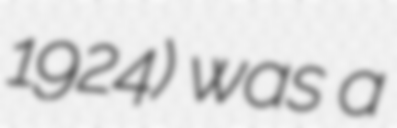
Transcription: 1924) was a